Vital statistics of India. Vol. VI, European troops 1870-79
Year: 1870
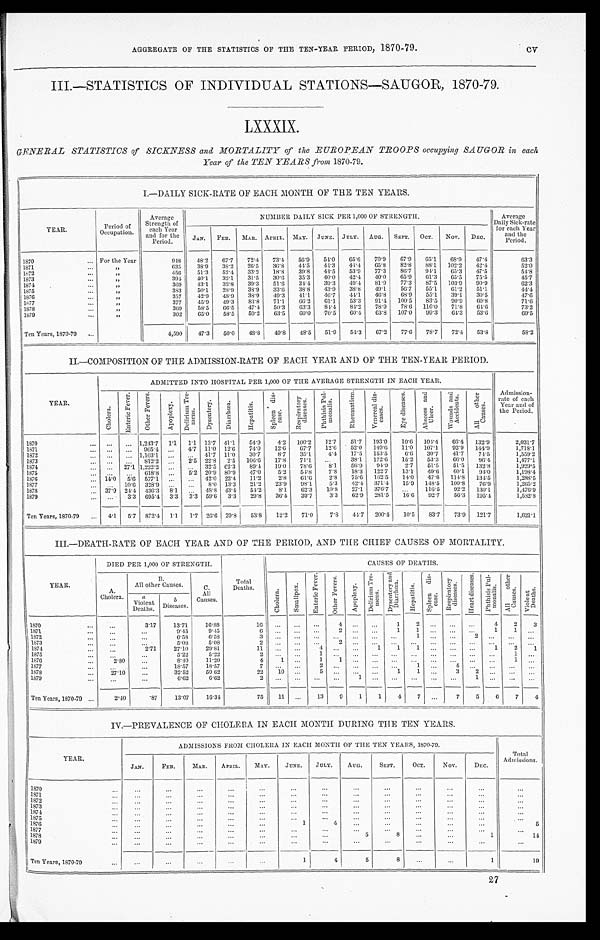
AGGREGATE OF THE STATISTICS OF THE TEN-YEAR PERIOD, 1870-79.
III.—STATISTICS OF INDIVIDUAL STATIONS-SAUGOR, 1870-79.
LXXXIX.
GENERAL STATISTICS of SICKNESS and HORTALITY of the EUROPEAN TROOPS occupying SAUGOR in each
Year of the TEN YEARS front 1870-79.
I.—DAILY SICK-RATE OF EACH MONTH OF THE TEN YEARS.
YEAR.
Period of
Occupation.
Average
Strength of
each Year
and for the
Period.
NUMBER DAILY SICK PER 1,000 OF STRENGTH.
Average
Daily Sick-rate
for each Year
and the
Period.
JAN. FEB. MAR. APRIL. MAY. JUNE. JULY. AUG. SEPT. OCT. NOV. DEC.
1870
For the Year
948 48.2 67. 7 72.4 73.4 56.9 54.0 65.6 70.9 67.9 65.1 68. 9 47. 4
63.3
1871
„
635 38.9 38. 2 26.5 36.8 44.5 44.3 44.4 65.8 82.8 88.1 102. 2 42. 4
52.0
1872
„
456 51.3 52. 4 33.2 18.8 39.8 44.5 53.9 77.3 86.7
9 4 . 1 65. 3 47. 5
54.8
1873
„
394 40.1 32. 1 31.5 30.6 35.3 40.0 42.4 40.0 65.9 61.3 65. 5 75. 5
45.7
1874
„
369
4 3 . 1 32. 8 39.3 51.6
3 4 . 4
3 9 . 3
4 9 . 4
8 1 . 9
7 7 . 3
8 7 . 5 103. 9
9 0 . 9
62.3
1875
„
383 50.1 28. 9 38.9 33.6 38.8
4 3 . 9
3 8 . 8 49.1
5 6 . 7
5 5 . 1 61. 2
5 1 . 1
44.4
1876
„
357 42.9 48. 9 38.9 49.3 41.1 46.7
4 4 . 1
4 6 . 8
6 8 . 9 55.1 39. 1 30. 5
47.6
1877
„
377 45.9 49. 3 83.8 71.1 66.2 61.1 53.3 91.44 100.5 83.5 90. 9 60. 8
71.6
1878
„
369 58.5 66. 5 47.4 50.3 63.3
8 4 . 4 84.2
7 8 . 9
7 8 . 6
1 1 6 . 0 7 1 . 8
6 4 . 6
73.2
1879
„
302 65.0 58. 5 59.2
6 3 . 5 60.0 70.5
6 0 . 4 63.8
1 0 7 . 0
9 9 . 3 64. 3 53. 6
69.5
Ten Years, 1870-70
4,590 47.3 50. 0 48.8 49.8 48.5 51.9 54.3 67.2 77.6 78.7 72. 4 53. 8
58.2
II.—COMPOSITION OF THE ADMISSION-RATE OF EACH YEAR AND OF THE TEN-YEAR PERIOD.
YEAR.
ADMITTED INTO HOSPITAL PER 1,000 OF THE AVERAGE STRENGTH IN EACH YEAR.
Admission-
rate of each
Year and of
the Period.
C h o l e r a .
E n t e r i c F e v e r .
O t h e r F e v e r s .
A p o p l e x y .
D e l i r i u m T r e -
m e n s .
D y s e n t e r y .
D i a r r h œ a .
H e p a t i t i s . S p l e e n d i s -
e a s e .
R e s p i r a t o r y
d i s e a s e s .
P h t h i s i s P u l -
m o n a l i s .
R h e u m a t i s m .
V e n e r e a l d i s -
e a s e s .
E y e d i s e a s e s .
A b s c e s s a n d
U l c e r .
W o u n d s a n d
A c c i d e n t s .
A l l o t h e r
C a u s e s .
1870
1,243.7 1.1 1.1 13.7 41. 1 54.9 4.2 100.2 12.7 51.7 193.0 10.6 104.4 66.4 132. 9
2,031.7
1 8 7 1
965.4
4.7 11.0 12.6 74.0 12.6 67.7 12.6 52.0 149.6 11.0 107.1 92.9 144. 9
1,718.1
1 8 7 2
1,103.1
41.7 11.0 30.7 8.7 35.1 4.4 17.5 153.5
6 . 6 30.7 41.7 74. 5
1,559.2
1 8 7 3
812.2
2.5 22.8 2.5 106.6 17.8 71.1
38.1 172.6 15.2 53.3 66.0 96.4
1,477.1
1874
27.1 1,222.2
32.5 62. 3 89.4 19.0 78.6 8.1 56.9 94.9 2.7 51.5 51.5 132. 8
1,929.5
1 8 7 5
618. 8
5.2 20.9 80.9 47.0 5.2 54.8 7.8 18.3 122.7 13.1 49.6 60.1 94. 0
1,198.4
1 8 7 6
14.0 5.6 577.1
42.0 22.4 11.2 2.8 61.6 2.8 75.6 162.5 14.0 47.6 114.8 134. 5
1,288.5
1877
10.6 328.9
8.0 13.3 21.2 23.9 98.1 5.3 42.4 371.4 15.9 148.5 100.8 76. 9
1,265.2
1878
37.9 24.4 436. 3 8.1
48.8 43.4 54.2 8.1 62.3 10.8 27.1 376.7
116.5 92.2 130. 1
1,476.9
1 8 7 9
3.3 695.4 3.3 3.3 59.6 3.3
2 9 . 8
3 6 . 4
3 9 . 7
3 . 3
6 2 . 9 2 8 1 . 5 16. 6 92.7
5 6 . 3
1 9 5 . 4
1,582.8
Ten Years, 1870-79
4.1 5.7 872.4 1.1 1.7 26.6 29.8 53.8 12.2 71.0 7.8 44.7 200.4 10.5 83.7 73.9 121. 7
1,621.1
III.—DEATH-RATE OF EACH YEAR AND OF THE PERIOD, AND THE CHIEF CAUSES OF MORTALITY.
YEAR.
DIED PER 1,000 OF STRENGTH.
Total
Deaths.
CAUSES OF DEATHS.
A.
Cholera.
B.
All other Causes.
C.
All
Causes.
C h o l e r a .
S m a l l p o x .
E n t e r i c F e v e r .
O t h e r F e v e r s .
A p o p l e x y .
D e l i r i u m T r e -
m e n s .
D y s e n t e r y a n d
D i a r r h œ a .
H e p a t i t i s .
S p l e e n d i s -
e a s e . R e s p i r a t o r y
d i s e a s e s .
H e a r t d i s e a s e s .
P h t h i s i s P u l -
m o n a l i s . A l l o t h e r
C a u s e s .
V i o l e n t
D e a t h s .
a
Violent
Deaths.
b D i s e a s e s .
1870
3.17 13.71 16.88
16
4
1 2
4
2 3
1871
9.45 9.45
6
2
1 1
1
1
1872
6.58 6.58
3
1
2
1873
5.08 5.08
2
2
1874
2.71 27.10 29.81
1 1
4
1 1 1
1
2 1
1875
5.22 5.22
2
1
1
1876
2.80
8.40 11.20
4 1
1
1
1
1877
18.57 18.57
7
2
1
4
1878
27.10
32.52 59.62
22 10
5
1 1
3 2
1879
6.62 6.62
2
1
1
Ten Years, 1370-79
2.40
.87 13.07 16.34
75 11
13 9 1 1 4 7
7 5 6 7 4
IV.—PREVALENCE OF CHOLERA IN EACH MONTH DURING THE TEN YEARS.
YEAR.
ADMISSIONS FROM CHOLERA IN EACH MONTH OF THE TEN YEARS, 1870-79.
Total
Admissions.
JAN. FEB. MAR.
APRIL. MAY. JUNE. JULY. AUG.
SEPT. OCT. NOV.
DEC.
1870
1 8 7 1
1 8 7 2
1 8 7 3
1874
1 8 7 5 1876
1
4
5
1 8 7 7
1 8 7 8
5
8
1
14
1879
Ten Years, 1870-79
1
4
5
8
1
19
CV
27